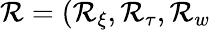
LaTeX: \mathcal{R}=(\mathcal{R}_{\xi},\mathcal{R}_{\tau},\mathcal{R}_{w}